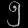
Digit: ၅